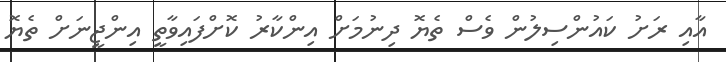
އާއި ރަށު ކައުންސިލުން ވެސް ތެޔޮ ދިނުމަށް އިންކާރު ކޮށްފައިވާތީ އިންޖީނަށް ތެޔޮ